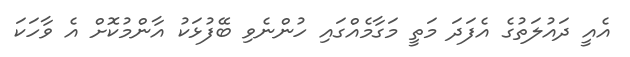
އެއީ ދައުލަތުގެ އެފަދަ މަތީ މަގާމެއްގައި ހުންނެވި ބޭފުޅަކު އާންމުކޮށް އެ ވާހަކަ